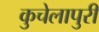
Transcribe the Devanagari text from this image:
कुचेलापुरी